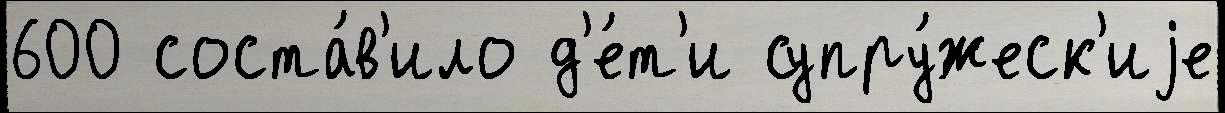
600 соста́в'ило д'е́т'и супру́жеск'иjе